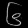
Digit: ၆